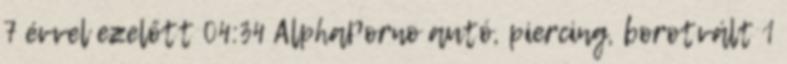
7 évvel ezelőtt 04:34 AlphaPorno autó, piercing, borotvált 1